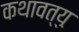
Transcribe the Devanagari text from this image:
कथावत्यु